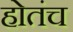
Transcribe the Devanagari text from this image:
होतंच